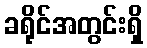
ခရိုင်အတွင်းရှိ